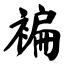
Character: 褊